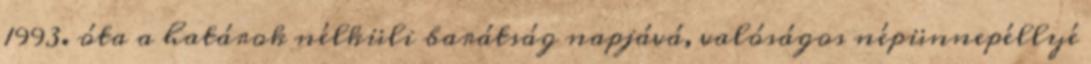
1993. óta a határok nélküli barátság napjává, valóságos népünnepéllyé